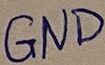
Text: GND